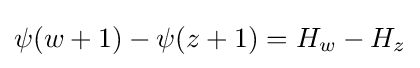
\psi (w+1)-\psi (z+1)=H_{w}-H_{z}